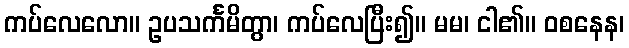
ကပ်လေလော။ ဥပသင်္ကမိတွာ၊ ကပ်လေပြီး၍။ မမ၊ ငါ၏။ ဝစနေန၊